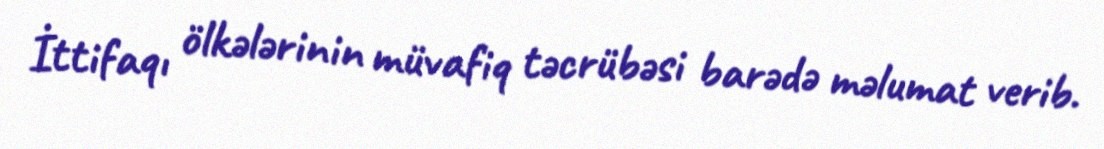
İttifaqı ölkələrinin müvafiq təcrübəsi barədə məlumat verib.